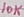
Text: 10K